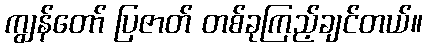
ကျွန်တော် ပြဇာတ် တစ်ခုကြည့်ချင်တယ်။